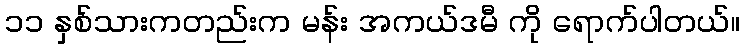
၁၁ နှစ်သားကတည်းက မန်း အကယ်ဒမီ ကို ရောက်ပါတယ်။